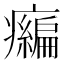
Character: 𤻶